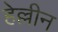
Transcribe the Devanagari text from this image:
हेल्लीन